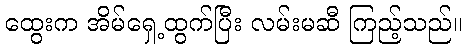
ထွေးက အိမ်ရှေ့ထွက်ပြီး လမ်းမဆီ ကြည့်သည်။